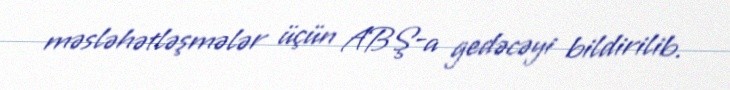
məsləhətləşmələr üçün ABŞ-a gedəcəyi bildirilib.